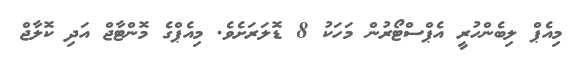
މިއެޕް ލިބެންހުރީ އެޕްސްޓޯރުން މަހަކު 8 ޑޮލަރަށެވެ. މިއެޕްގެ މޮންޓާޖް އަދި ކޮލާޖް